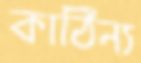
কাঠিন্য